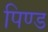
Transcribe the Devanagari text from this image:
पिण्‍ड